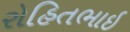
રોહિતભાઇ